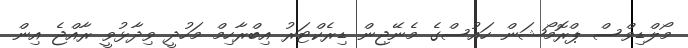
މޯލްޑިވްސް ޕްރޮމޯޝަން ހައުސްގެ މެނޭޖިން ޑިރެކްޓަރު އިބްރާހިމް މަހުދީ ވިދާޅުވީ ރާއްޖެ އިން